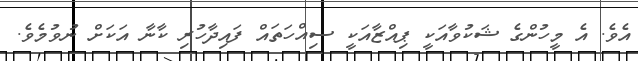
އެެވެ. އެ މީހުންގެ ޝަކުވާއަކީ ޕިއްޒާއަކީ ސިއްހަތައް ފައިދާހުރި ކާނާ އަކަށް ނުވުމެވެ.